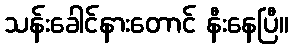
သန်းခေါင်နားတောင် နီးနေပြီ။